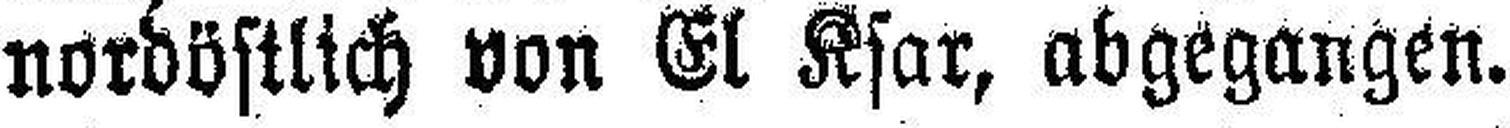
nordöstlich von El Ksar, abgegangen.